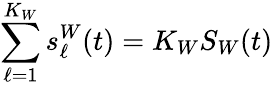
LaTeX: \sum_{\ell=1}^{K_{W}}s_{\ell}^{W}(t)=K_{W}S_{W}(t)